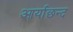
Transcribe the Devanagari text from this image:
आर्याछन्द